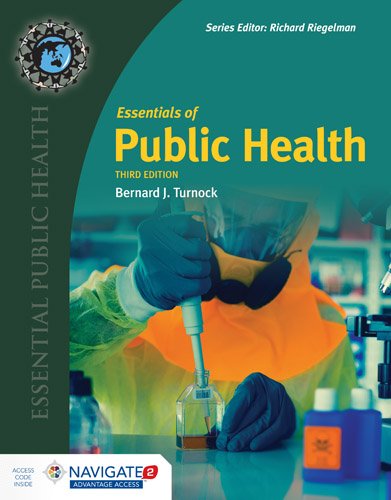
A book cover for Essentials Of Public Health (Essential Public Health); Bernard J. Turnock; Medical Books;